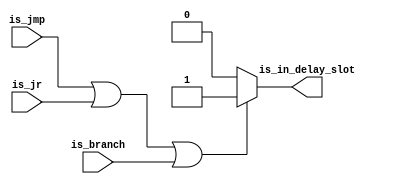
/*
 is_jmp idexex_jmp
 is_jr  idexex_jr
 is_branch  idexidex_branch

 is_in_delay_slot idexidex_is_in_delayslot
 */

module is_delayslot(
		input		is_jmp,
		input		is_jr,
		input		is_branch,
		output reg	is_in_delay_slot
	);

	always@(*) begin
		if(is_jmp == 1'b1 || is_jr == 1'b1 || is_branch == 1'b1) begin
			is_in_delay_slot = 1'b1;
		end
		else begin
			is_in_delay_slot = 1'b0;
		end
	end

endmodule